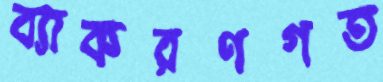
ব্যাকরণগত